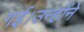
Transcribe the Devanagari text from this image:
गई।उन्होंने